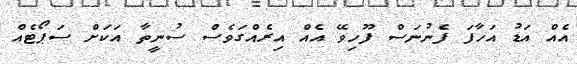
އެއް އަޑު އަހާފަ ފެނުނަސް ފޫހިވޭ އެއް އިރެއްގަވެސް ސުނީީތާ އަކަށް ސަޕޯޓެއް